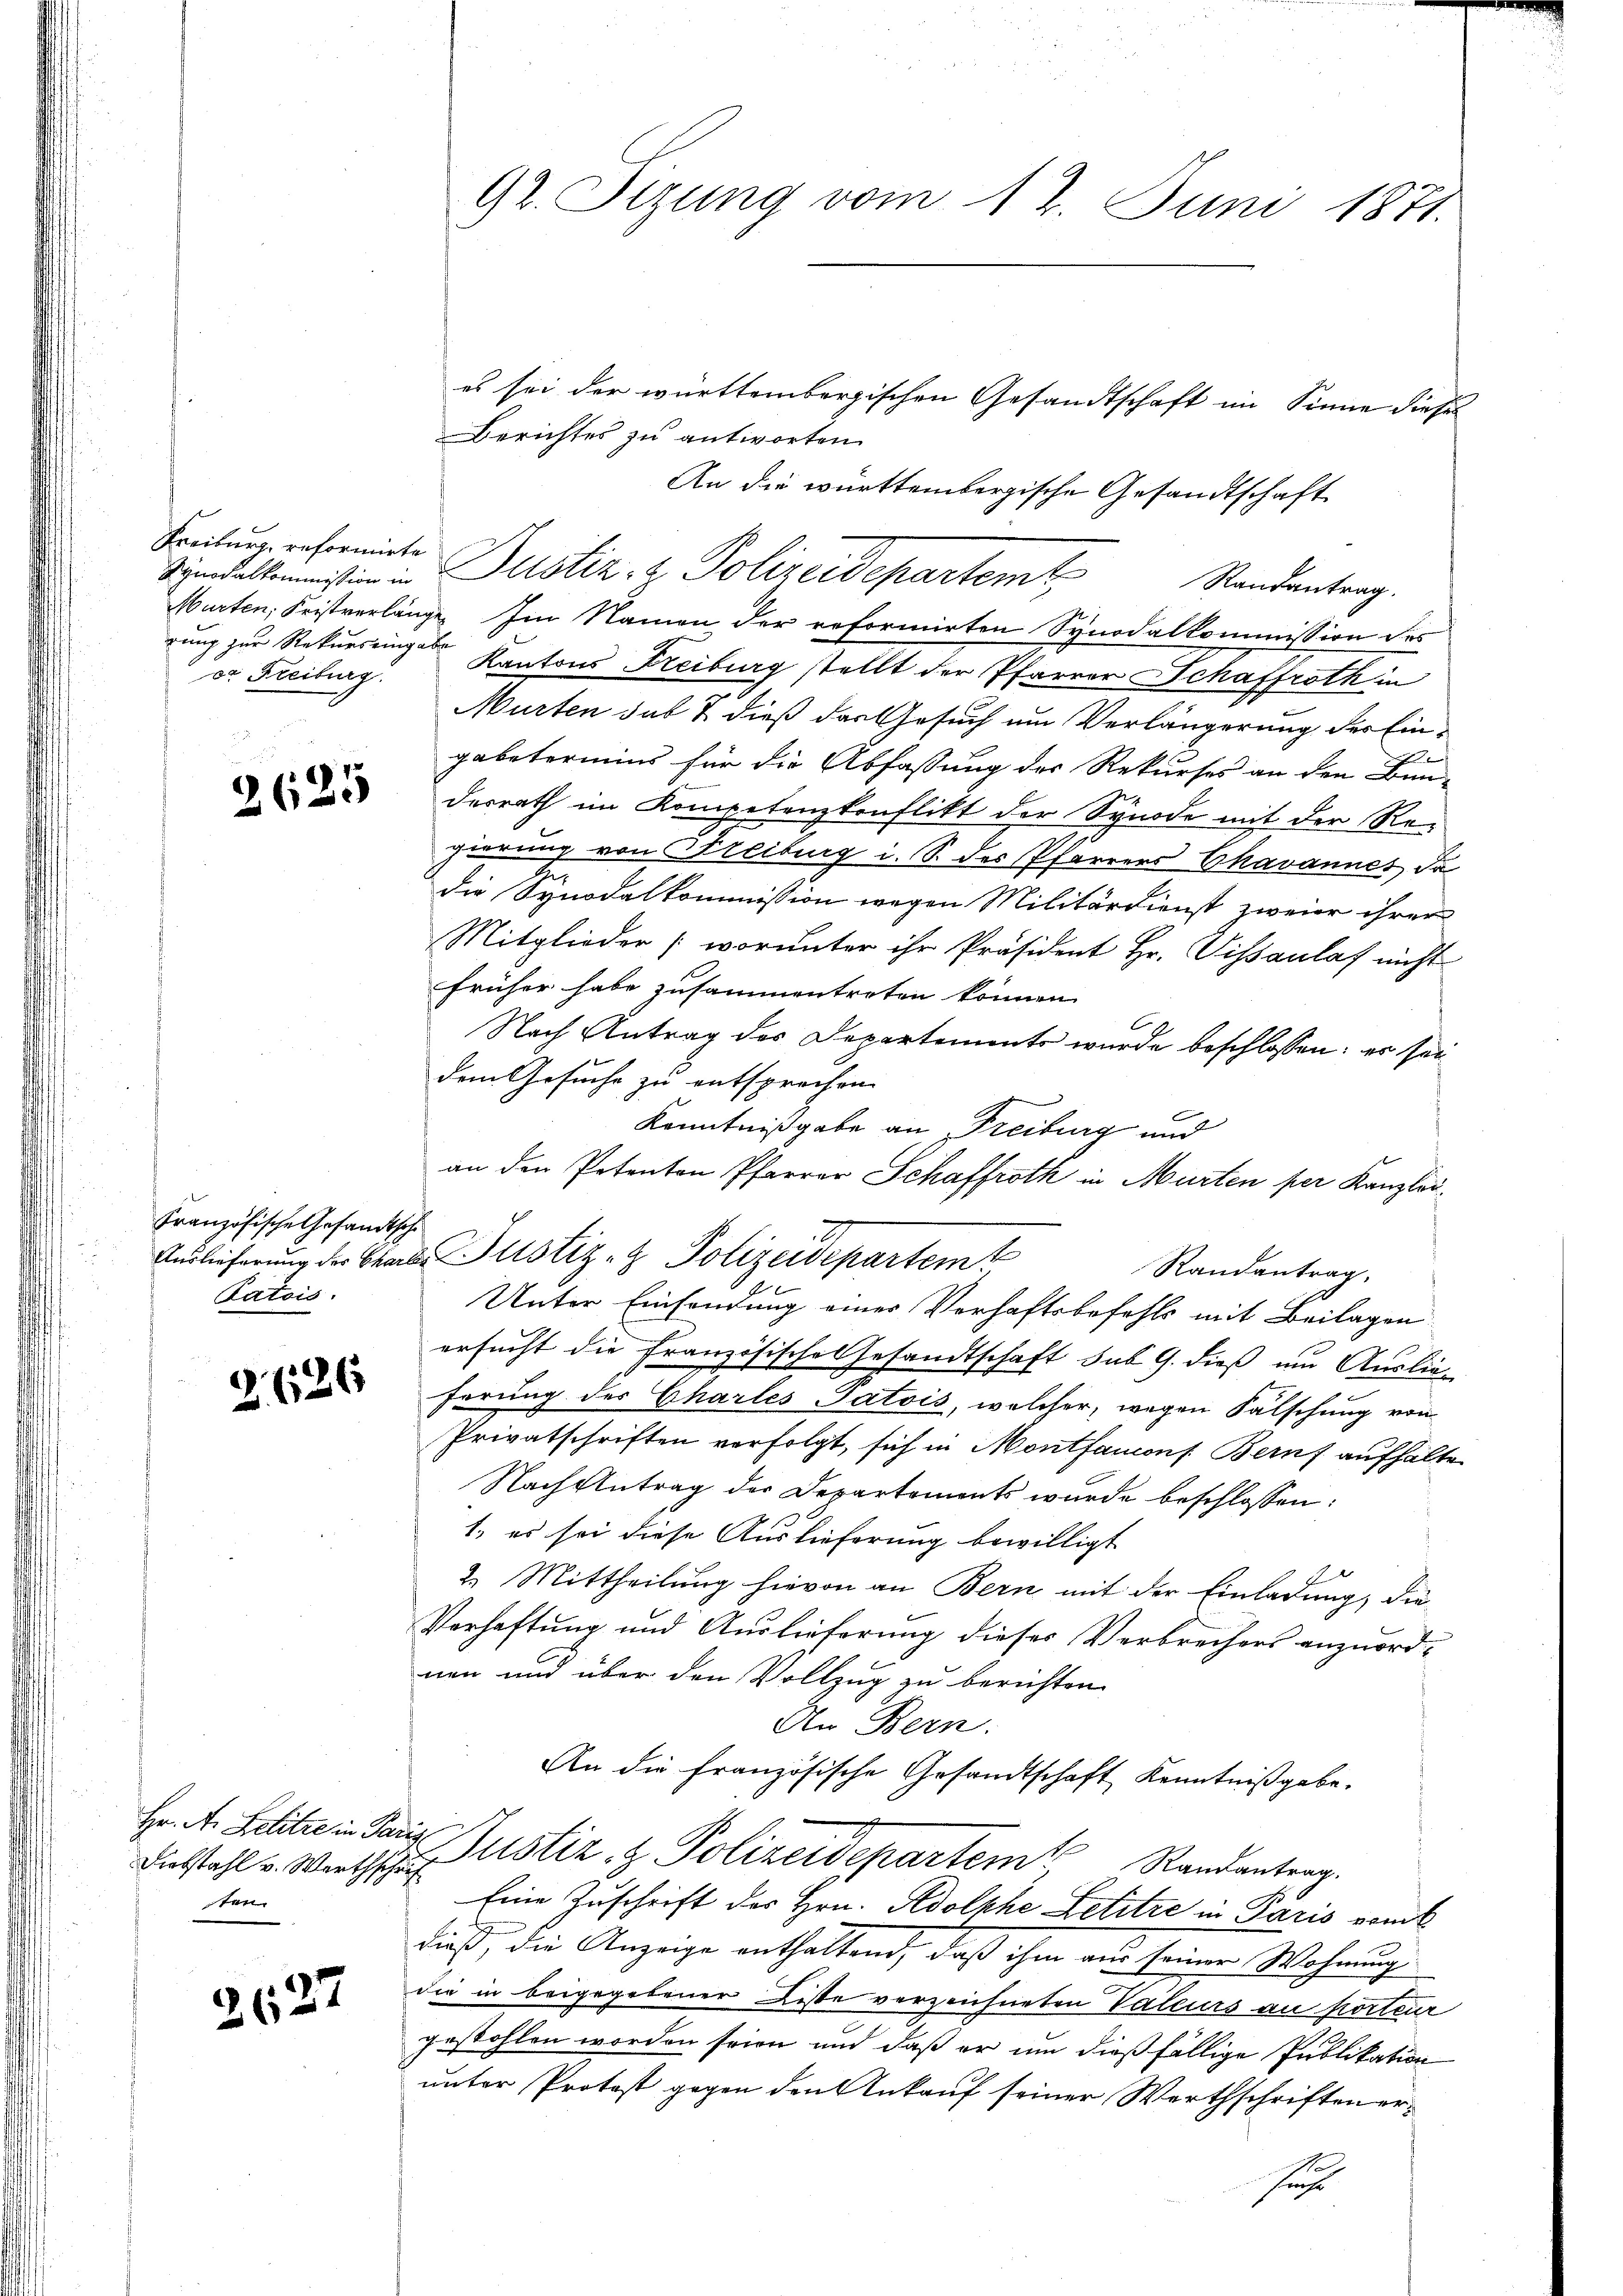
Freiburg, reformirte
rung zur Rekursringabe
or Freiburg.

2625

.
anzösische Gesandtsche
 Patris

2626

Hr. A. Lettre in Par
Diebstahl v. Werthschrif
ten

2627

92. Sizung vom 12. Juni 1871.
es sei der württembergischen Gesandtschaft im Sinne dieses
Berichtes zu antworten.
An die württembergische Gesandtschaft

Murten, Fristverlänge. Im Namen der reformirten Synodalkommission des
Kantons Freiburg stellt der Pfarrer Schaffroth in
Murten sub & dieß das Gesuch um Verlängerung der Eingebetermins für die Abfassung des Rekurses an den Bun-
desrath im Kompetenzkonflikt der Synode mit der Regierung von Freiburg i. S. des Pfarrers Chavannes da
die Synodalkommission wegen Militärdienst zweier ihrer
Mitglieder (worunter ihr Präsident Hr. Vissanlaf nicht
früher habe zusammentreten können.
Nach Antrag des Departements wurde beschlossen: es seidem Gesuche zu entsprechen.
Kenntnißgabe an Freiburg und
an den Petenten Pfarrer Schaffroth in Murten per Kanzlei
2

Sidalkommission in Justiz- & Polizeidepartemt
Randantrag.

lieferung der Chale ustiz- & Polizeidepartemt
Randantrag,
Unter Einsendung eines Verhaftsbefehls mit Beilagen

ersucht die Französisches Gesandtschaft sub G. dieß um Auslie-
ferung des Chartes Jatois, welcher, wegen Fälschung von
Privatschriften verfolgt, sich in Montanons. Berns aufhalte
Nach Antrag der Departements wurde beschlossen:
1., es sei diese Auslieferung bewilligt
2. Mittheilung hievon an Bern mit der Einladung, die
Verhaftung und Auslieferung dieses Verbrechers anzuordnen und über den Vollzug zu berichten.
An Bern.
An die französische Gesandtschaft Kenntniß gebe¬
u Justiz & Polizeidepartem Randentrag.
Eine Zuschrift des Hrn. Adolkhe Petitre in Paris vom
dieß, die Anzeige enthaltend, daß ihm aus seiner Wohnung
die in beigegebener Liste verzeichneten Vateurs an porteur
gestohlen worden seien und daß er um dießfällige Publikation
unter Protost gegen den Ankauf seiner Werthschriften erse